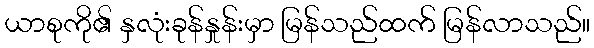
ယာစုကို၏ နှလုံးခုန်နှုန်းမှာ မြန်သည်ထက် မြန်လာသည်။